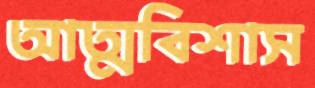
আত্মবিশাস